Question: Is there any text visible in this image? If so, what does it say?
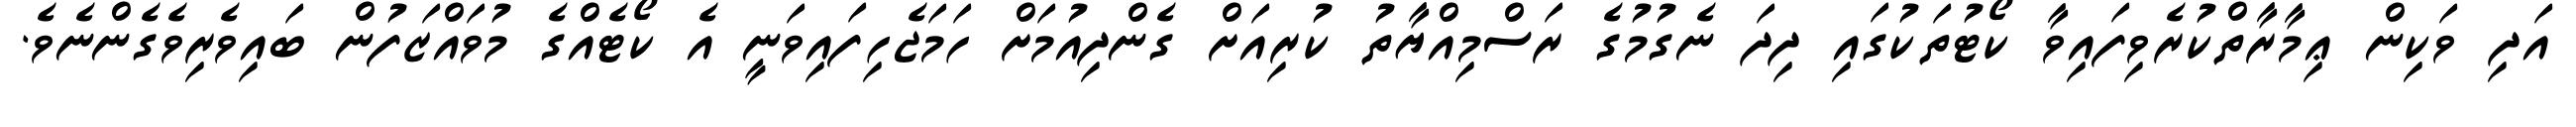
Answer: އަދި ވަކިން ޢިމާރާތްކުރެވިފައިވާ ކޯޓުތަކުގައި ދިދަ ނެގުމުގެ ރަސްމިއްޔާތު ކުރިއަށް ގެންދިއުމަށް ހަމަޖެހިފައިވަނީ އެ ކޯޓެއްގެ މުވައްޒަފުން ބައިވެރިވެގެންނެވެ.